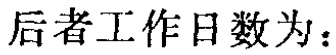
后者工作日数为：